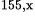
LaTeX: ^\textrm{\scriptsize 155,x}